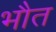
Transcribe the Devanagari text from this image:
भौत